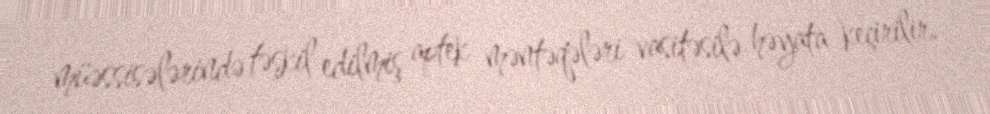
müəssisələrində təşkil edilmiş aptek məntəqələri vasitəsilə həyata keçirilir.